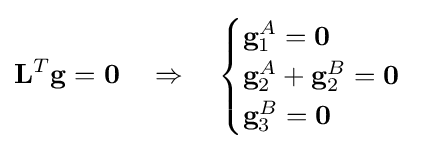
\mathbf {L} ^{T}\mathbf {g} =\mathbf {0} \quad \Rightarrow \quad {\begin{cases}\mathbf {g} _{1}^{A}=\mathbf {0} \\\mathbf {g} _{2}^{A}+\mathbf {g} _{2}^{B}=\mathbf {0} \\\mathbf {g} _{3}^{B}=\mathbf {0} \end{cases}}